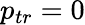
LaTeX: p_{tr}=0